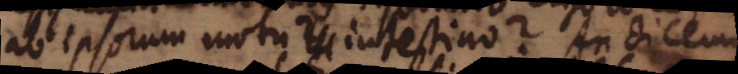
ab ipsorum motu intestino? An dicemus